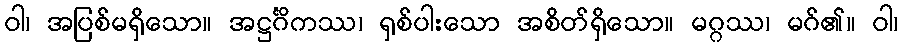
ဝါ၊ အပြစ်မရှိသော။ အဋ္ဌင်္ဂိကဿ၊ ရှစ်ပါးသော အစိတ်ရှိသော။ မဂ္ဂဿ၊ မဂ်၏။ ဝါ၊